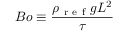
B o \equiv \frac { \rho _ { \mathrm { ~ r ~ e ~ f ~ } } g L ^ { 2 } } { \tau }